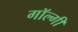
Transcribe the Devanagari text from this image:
गॉल्गी